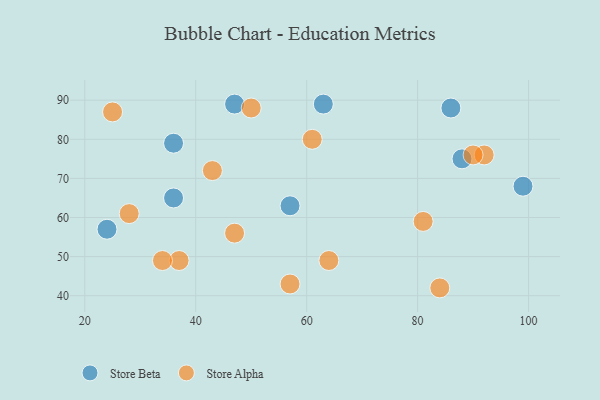
{"axis": {"x": "GDP", "y": "Life Expectancy"}, "legend": ["Store Alpha", "Store Beta"], "data": [{"x": "88", "y": 75, "type": "Store Beta"}, {"x": "99", "y": 68, "type": "Store Beta"}, {"x": "47", "y": 89, "type": "Store Beta"}, {"x": "57", "y": 63, "type": "Store Beta"}, {"x": "36", "y": 79, "type": "Store Beta"}, {"x": "36", "y": 65, "type": "Store Beta"}, {"x": "24", "y": 57, "type": "Store Beta"}, {"x": "63", "y": 89, "type": "Store Beta"}, {"x": "86", "y": 88, "type": "Store Beta"}, {"x": "50", "y": 88, "type": "Store Alpha"}, {"x": "43", "y": 72, "type": "Store Alpha"}, {"x": "57", "y": 43, "type": "Store Alpha"}, {"x": "92", "y": 76, "type": "Store Alpha"}, {"x": "64", "y": 49, "type": "Store Alpha"}, {"x": "25", "y": 87, "type": "Store Alpha"}, {"x": "28", "y": 61, "type": "Store Alpha"}, {"x": "90", "y": 76, "type": "Store Alpha"}, {"x": "47", "y": 56, "type": "Store Alpha"}, {"x": "84", "y": 42, "type": "Store Alpha"}, {"x": "81", "y": 59, "type": "Store Alpha"}, {"x": "37", "y": 49, "type": "Store Alpha"}, {"x": "61", "y": 80, "type": "Store Alpha"}, {"x": "34", "y": 49, "type": "Store Alpha"}]}